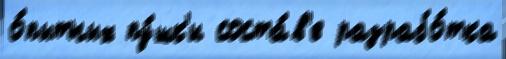
о́пытных пу́шк'и соста́в'е разрабо́тка